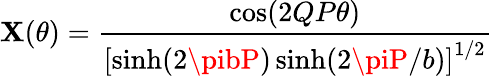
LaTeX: \mathbf{X}(\theta)=\frac{{\cos(2QP\theta)}}{{\left[\sinh(2\pibP)\sinh(2\piP/b)\right]^{1/2}}}